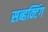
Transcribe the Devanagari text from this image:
सब्डक्टिंग